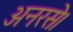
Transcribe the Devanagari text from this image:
अनरसे।